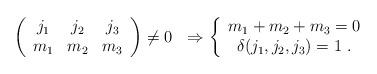
LaTeX: \begin{align*}\left(\begin{array}[c]{ccc}j_{1} & j_{2} & j_{3}\\m_{1} & m_{2} & m_{3}\end{array}\right) \neq0\ \ \Rightarrow\left\{\begin{array}[c]{c}m_{1}+m_{2}+m_{3}=0\\\delta(j_{1},j_{2},j_{3})=1\ .\end{array}\right. \ \ \end{align*}